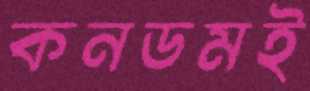
কনডমই